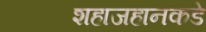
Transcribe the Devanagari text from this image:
शहाजहानकडे